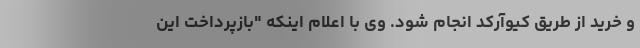
و خرید از طریق کیوآرکد انجام شود. وی با اعلام اینکه "بازپرداخت این